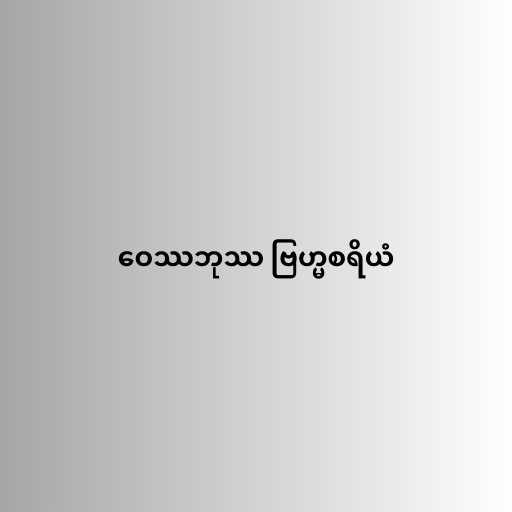
ဝေဿဘုဿ ဗြဟ္မစရိယံ